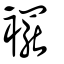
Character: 襬